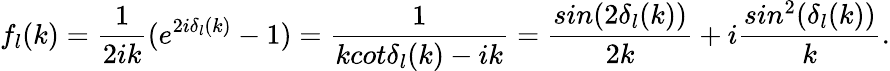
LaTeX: f_{l}(k)=\frac{1}{2ik}(e^{2i\delta_{l}(k)}-1)=\frac{1}{kcot\delta_{l}(k)-ik}=\frac{sin(2\delta_{l}(k))}{2k}+i\frac{sin^{2}(\delta_{l}(k))}{k}.